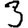
Digit: 3